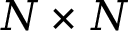
N \times N